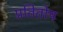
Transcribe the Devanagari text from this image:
प्रतितोष